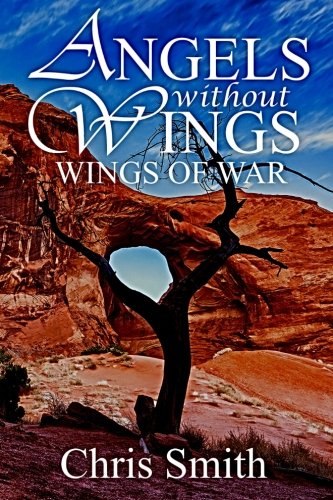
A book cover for Wings of War (Angels without Wings) (Volume 5); Chris Smith; Christian Books & Bibles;